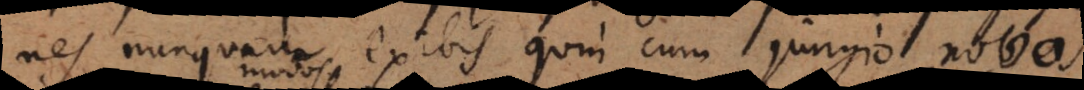
nes nunquam exibis quin cum Jungio novos